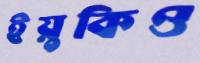
ইয়ুকিও